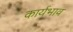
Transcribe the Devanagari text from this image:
कार्यभाव